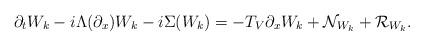
LaTeX: \begin{align*}& \partial_t W_k - i \Lambda(\partial_x) W_k - i \Sigma(W_k) = - T_V \partial_x W_k + \mathcal{N}_{W_k} + \mathcal{R}_{W_k} .\end{align*}